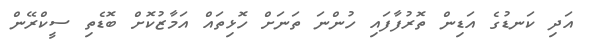
އަދި ކަނޑުގެ އަޑިން ތޮރުފާފައި ހުންނަ ތަނަށް ހޮޅިތައް އަމާޒުކޮށް ބޮޑެތި ސީކްރޭން